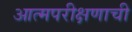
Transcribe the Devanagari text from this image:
आत्मपरीक्षणाची